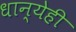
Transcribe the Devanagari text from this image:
धान्येही